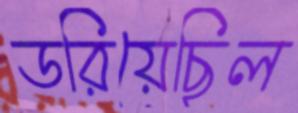
ডরিয়েছিল